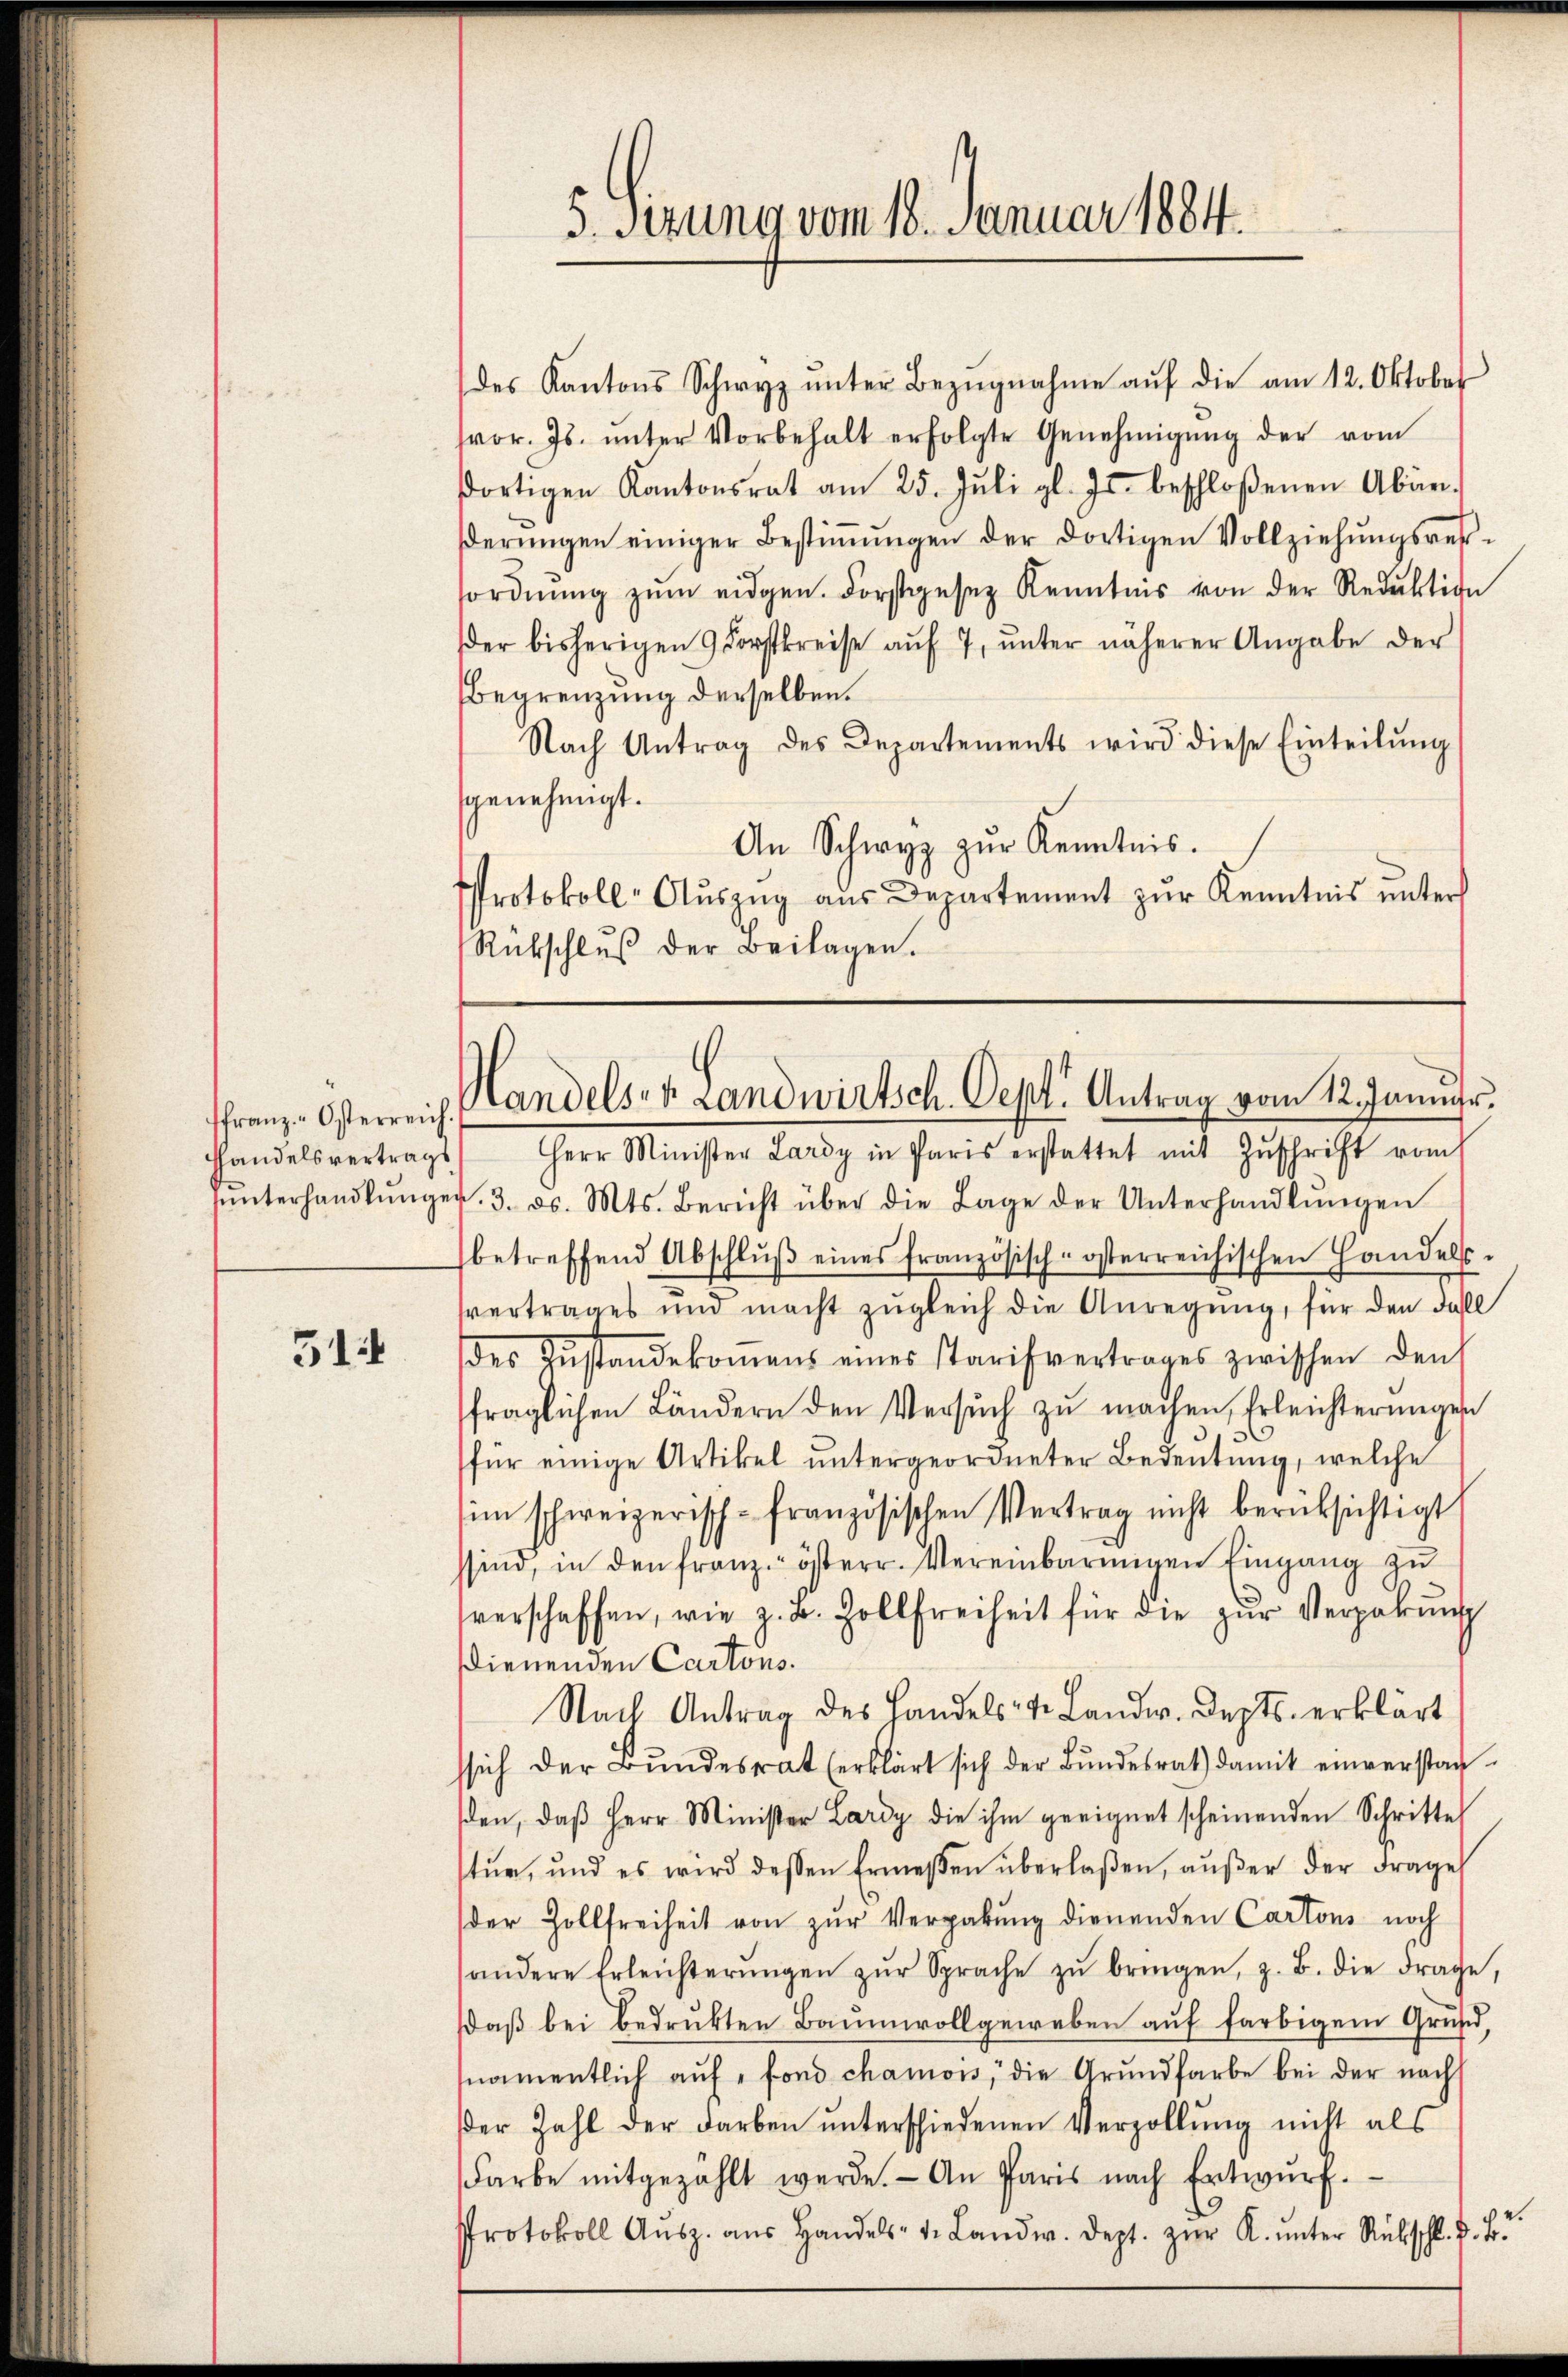
ffranz Osterreich.
Handelsvertrags

51

des Kantons Schwyz ŭnter Bezŭgnahme aŭf die am 12. Oktober
vor. Js. ŭnter Vorbehalt erfolgte Genehmigŭng der vom
sortigen Kantonsrat am 25. Jŭli gl. Js. beschloßenen Abän-
erŭngen einiger Bestiṁŭngen der dortigen Vollziehungsresfordnŭng zŭm eidgen. Forstgesetz Kenntnis von der Reduktion
der bisherigen 9 Forstkreise auf 7, unter näherer Angabe der
Begrenzung derselben.
Nach Antrag des Departements wird diese Einteilŭng
genehmigt.
An Schwyz zŭr Kenntnis.
Protokoll-Aŭszŭg ans Departement zur Kenntnis unter
Rückschlŭβ der Beilagen.

Herr Minister Lardy in Paris erstattet mit Zŭschrift vom
hŭnterhandlŭnger. 3. ds. Mts. Bericht über die Lage der Unterhandlŭngen
betreffend Abschlŭβ eines französisch-österreichischen Handels-
vertrages und macht zŭgleich die Anregŭng, für den Fal
des Zŭstandekommens eines starifvertrages zwischen den
fraglichen Ländern den Versuch zu machen, Erleichterungen
für einige Artikel untergeordneter Bedeutung, welche
im schweizerisch-französischen Vertrag nicht berüksichtigt
sind, in den franz. österr. Vereinbarmigen Eingang zu
verschaffen, wie z. u. Zollfreiheit für die zŭr Vergabŭng
dienenden Cartons.
Nach Antrag des Handels- & Landw. Sept. erklärt
ssich der Bŭndesrat erklärt sich der Bŭndesrat damit einverstan-
den, daβ Herr Minister Lardy die ihm geeignet scheinenden Schritte
tŭr, und es wird dessen Ermeßen überlaßen, aŭβer der Frages
der Zollfreiheit von zŭr Vergabŭng dienenden Cartons noch
andere Erleichterŭngen zŭr Sprache zŭ bringen, z. B. die Frage,
daß bei bedrukten Baumwollgeweben auf farbigem Grund,
snamentlich aŭf " fond chamois, die Grundfarbe bei der nach
dder Zahl der Farben ŭnterschiedenen Verzollŭng nicht als
Farbe mitgezählt werde. An Paris nach Entwŭrf.
Protokoll Aŭsz. aŭs Handels- u. Landw. dept. zŭr K. ŭnter Rückschl. u. fr.

5. sezung vom 18. Januar 1884.

Handels- Landwirtsch. Sept. Antrag vom 12. Januar.